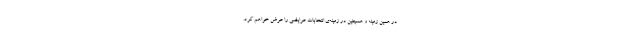
در همین زمینه و همچنین در زمینه‌ی انتخابات عرایضی را عرض خواهم کرد.